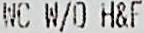
WC W/O H&F